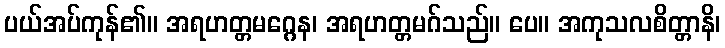
ပယ်အပ်ကုန်၏။ အရဟတ္တမဂ္ဂေန၊ အရဟတ္တမဂ်သည်။ ပေ။ အကုသလစိတ္တာနိ၊